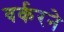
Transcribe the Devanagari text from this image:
वर्करने